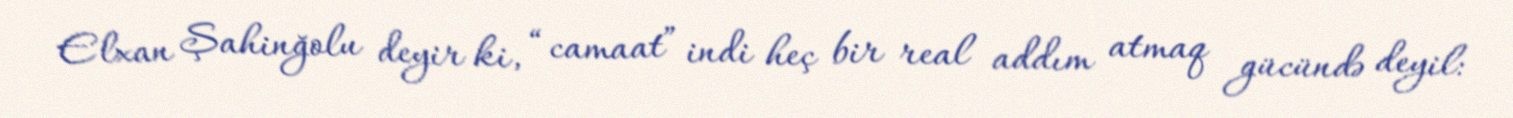
Elxan Şahinğolu deyir ki, “camaat” indi heç bir real addım atmaq gücündə deyil: